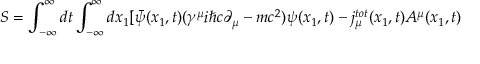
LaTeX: S = \int _ { - \infty } ^ { \infty } d t \int _ { - \infty } ^ { \infty } d x _ { 1 } [ \bar { \psi } ( x _ { 1 } , t ) ( { \gamma } ^ { \mu } i { \hbar } c { \partial } _ { \mu } - m c ^ { 2 } ) { \psi } ( x _ { 1 } , t ) - j _ { \mu } ^ { t o t } ( x _ { 1 } , t ) A ^ { \mu } ( x _ { 1 } , t )